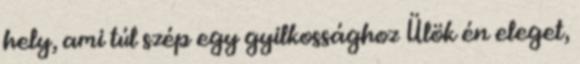
hely, ami túl szép egy gyilkossághoz Ülök én eleget,